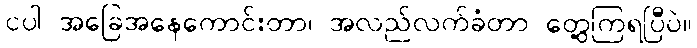
ငပါ အခြေအနေကောင်းတာ၊ အလည်လက်ခံတာ တွေ့ကြရပြီပဲ။